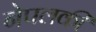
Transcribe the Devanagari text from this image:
नेपलकी